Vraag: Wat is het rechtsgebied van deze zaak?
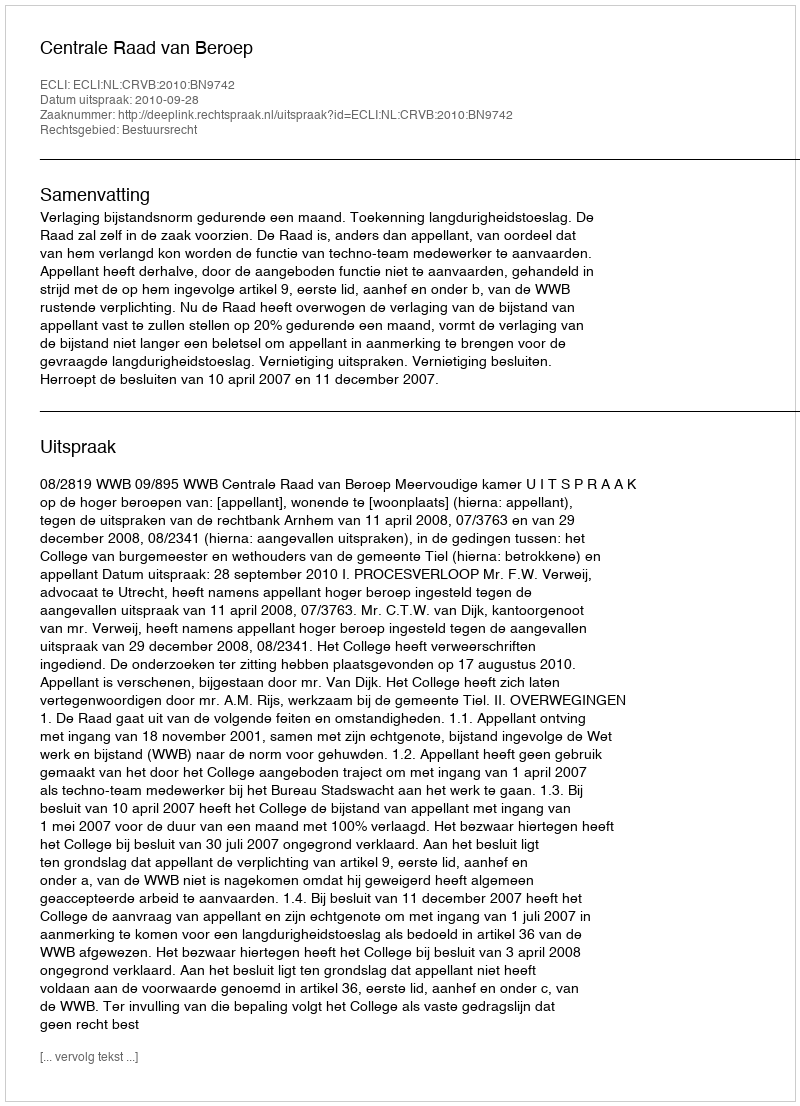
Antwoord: Bestuursrecht